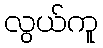
လွယ်ကူ